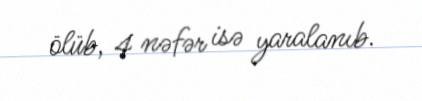
ölüb, 4 nəfər isə yaralanıb.